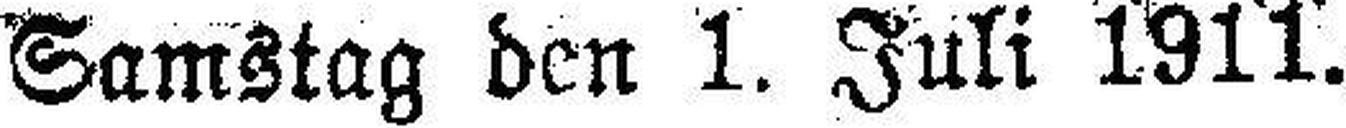
Samstag den 1. Juli 1911.